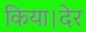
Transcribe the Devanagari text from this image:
किया।देर